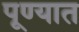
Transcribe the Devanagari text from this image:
पूण्यात